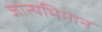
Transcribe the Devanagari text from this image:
जात्यभिमान